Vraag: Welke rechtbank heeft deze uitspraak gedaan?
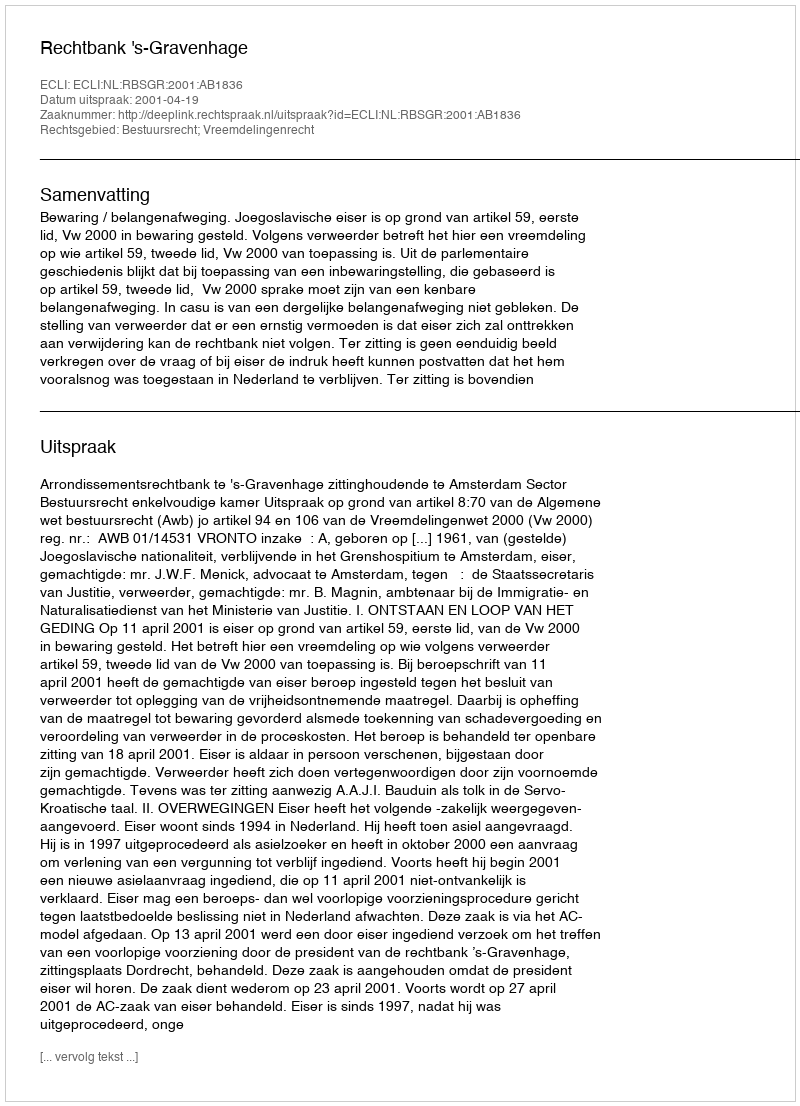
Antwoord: Rechtbank 's-Gravenhage